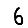
Digit: 6